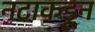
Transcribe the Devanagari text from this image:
नटाकडून